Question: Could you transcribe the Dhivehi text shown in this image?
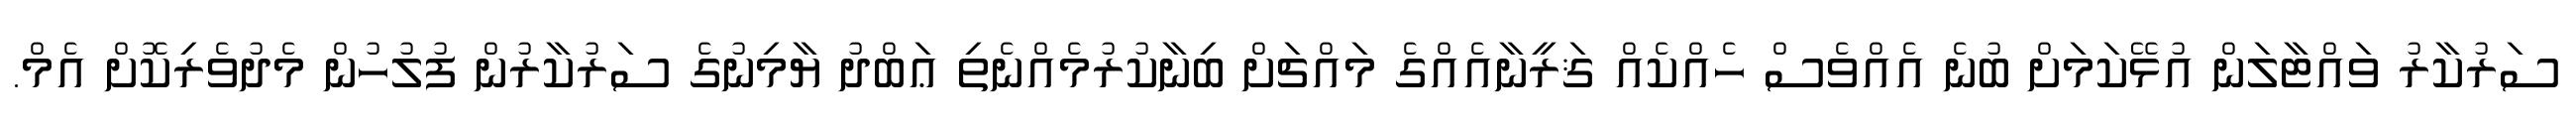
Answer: ސަރުކާރު ވައްޓާލަން އުޅޭކަމަށް ބުނެ އެއްވެސް ހެއްކެއް ޤަރީނާއެއްގެ މައްޗަށް ބިނާކުރުމެއްނެތި ޢަބްދު ޔާމިނުގެ ސަރުކާރުން ފުލުހުން މެދުވެރިކޮށް އެމް.